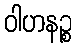
ဝါဟနဉ္စ